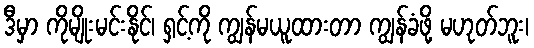
ဒီမှာ ကိုမျိုးမင်းနိုင်၊ ရှင့်ကို ကျွန်မယူထားတာ ကျွန်ခံဖို့ မဟုတ်ဘူး၊